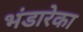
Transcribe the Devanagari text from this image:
भंडारेका